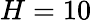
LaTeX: H=10